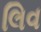
લિવ